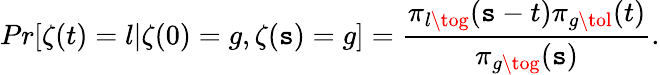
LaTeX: Pr[\zeta(t)=l|\zeta(0)=g,\zeta(\mathtt{s})=g]=\frac{{\pi_{l\tog}(\mathtt{s}-t)\pi_{g\tol}(t)}}{{\pi_{g\tog}(\mathtt{s})}}.